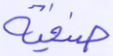
صنفية